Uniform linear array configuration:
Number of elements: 48
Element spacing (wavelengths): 1
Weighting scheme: binomial
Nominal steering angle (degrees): -60
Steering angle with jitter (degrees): -60.93
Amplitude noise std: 0.05
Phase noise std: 0.05

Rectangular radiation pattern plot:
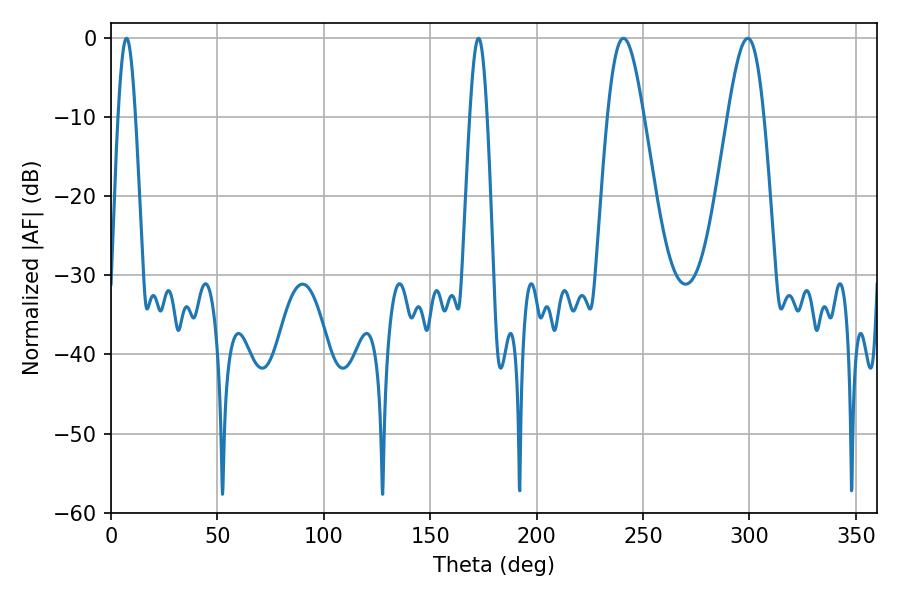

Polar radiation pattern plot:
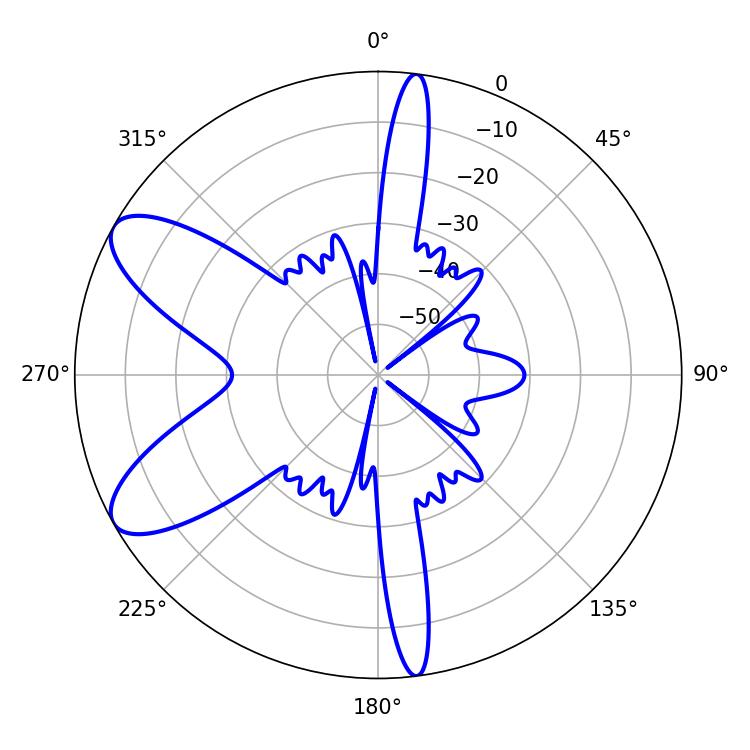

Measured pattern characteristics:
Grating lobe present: TRUE
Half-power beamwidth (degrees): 9.18
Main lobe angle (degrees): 240.84